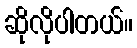
ဆိုလိုပါတယ်။